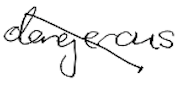
Text: dangerous
Cross-out: diagonal
Writing tool: digital_black